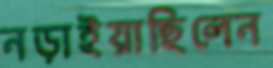
নড়াইয়াছিলেন